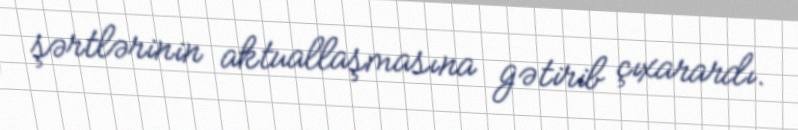
şərtlərinin aktuallaşmasına gətirib çıxarardı.